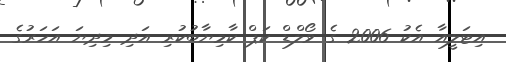
އިޓަލީއާ އެކު 2006 ގެ ވޯލްޑް ކަޕް ކާމިޔާބުކުރި އަދި މިދިޔަ އަހަރުގެ